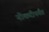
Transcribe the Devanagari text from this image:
नोकरीपर्यंत